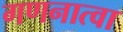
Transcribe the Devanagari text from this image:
गणनात्वा